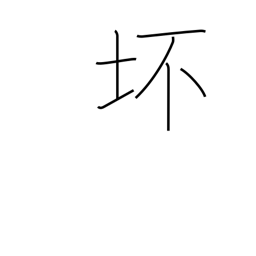
Meaning: bowl